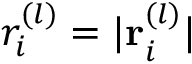
r _ { i } ^ { ( l ) } = | { \bf r } _ { i } ^ { ( l ) } |